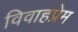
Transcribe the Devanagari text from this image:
विवाहप्रेम